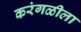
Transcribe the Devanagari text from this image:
करंगळीला